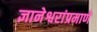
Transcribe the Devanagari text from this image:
ज्ञानेश्वरांप्रमाणे